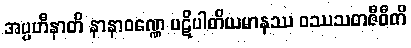
အပ္ပဟီနာတိ နာနာဝဏ္ဏေ ပဋိပါတိယမာနဿ ဝဿသတဇီဝီတိ